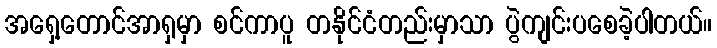
အရှေ့တောင်အာရှမှာ စင်ကာပူ တနိုင်ငံတည်းမှာသာ ပွဲကျင်းပစေခဲ့ပါတယ်။